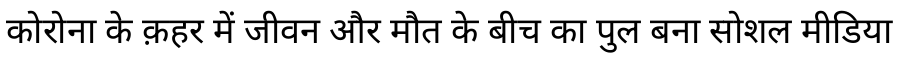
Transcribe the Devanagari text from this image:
कोरोना के क़हर में जीवन और मौत के बीच का पुल बना सोशल मीडिया